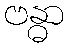
ဗန္ဓာ